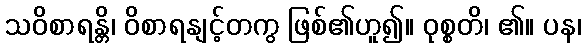
သဝိစာရန္တိ၊ ဝိစာရနျင့်တကွ ဖြစ်၏ဟူ၍။ ဝုစ္စတိ၊ ၏။ ပန၊